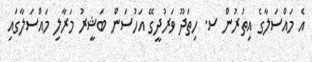
އެ މައްސަލާގެ އިތުރުން ސ. ހިތަދޫ ވަރުދީގޭ އަހުސަން ބަޝީރު މަރާލި މައްސަލާގައި